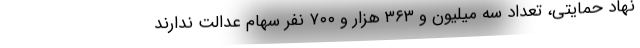
نهاد حمایتی، تعداد سه میلیون و ۳۶۳ هزار و ۷۰۰ نفر سهام عدالت ندارند